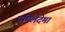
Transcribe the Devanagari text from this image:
पपिलेदेमा